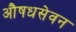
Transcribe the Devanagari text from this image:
औषधसेवन